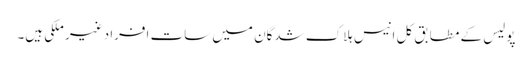
پولیس کے مطابق کل انیس ہلاک شدگان میں سات افراد غیر ملکی ہیں۔